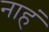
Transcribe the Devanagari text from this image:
नाहं